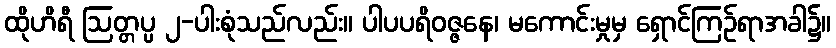
ထိုဟိရီ ဩတ္တပ္ပ ၂-ပါးစုံသည်လည်း။ ပါပပရိဝဇ္ဇနေ၊ မကောင်းမှုမှ ရှောင်ကြဉ်ရာအခါ၌။